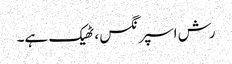
رش اسپرنگس ، ٹھیک ہے۔